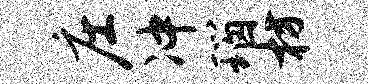
庄冲瑙枋